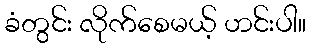
ခံတွင်း လိုက်စေမယ့် ဟင်းပါ။